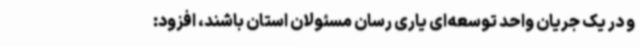
و در یک جریان واحد توسعه‌ای یاری رسان مسئولان استان باشند، افزود: